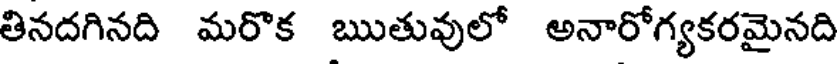
తినదగినది మరొక ఋతువులో అనారోగ్యకరమైనది